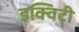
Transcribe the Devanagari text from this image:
इक्‍विटी